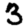
Digit: 3